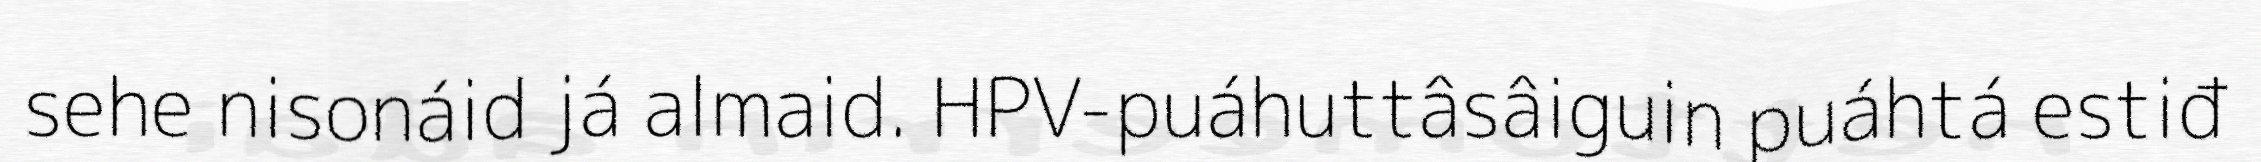
sehe nisonáid já almaid. HPV-puáhuttâsâiguin puáhtá estiđ